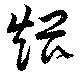
煨